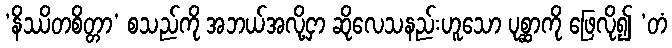
‘နိဿိတစိတ္တာ’ စသည်ကို အဘယ်အလို့ငှာ ဆိုလေသနည်းဟူသော ပုစ္ဆာကို ဖြေလို၍ ‘တံ